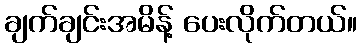
ချက်ချင်းအမိန့် ပေးလိုက်တယ်။